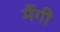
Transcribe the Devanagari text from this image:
मैंगी